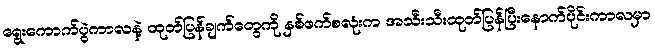
ရွေးကောက်ပွဲကာလနဲ့ ထုတ်ပြန်ချက်တွေကို နှစ်ဖက်စလုံးက အသီးသီးထုတ်ပြန်ပြီးနောက်ပိုင်းကာလမှာ